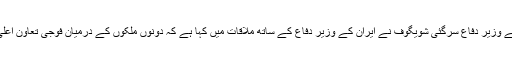
دوسری جانب روس کے وزیر دفاع سرگئی شویگوف نے ایران کے وزیر دفاع کے ساتھ ملاقات میں کہا ہے کہ دونوں ملکوں کے درمیان فوجی تعاون اعلی سطح پر پہنچ گیا ہے۔